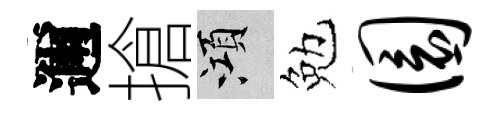
邇搶澒勉圜